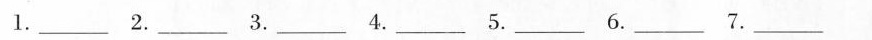
1.___ 2.___ 3.___ 4.___ 5.___ 6.___ 7.___